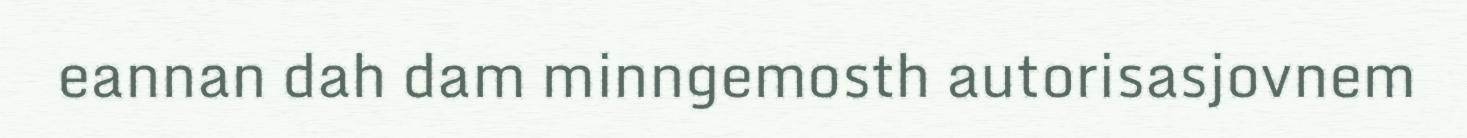
eannan dah dam minngemosth autorisasjovnem